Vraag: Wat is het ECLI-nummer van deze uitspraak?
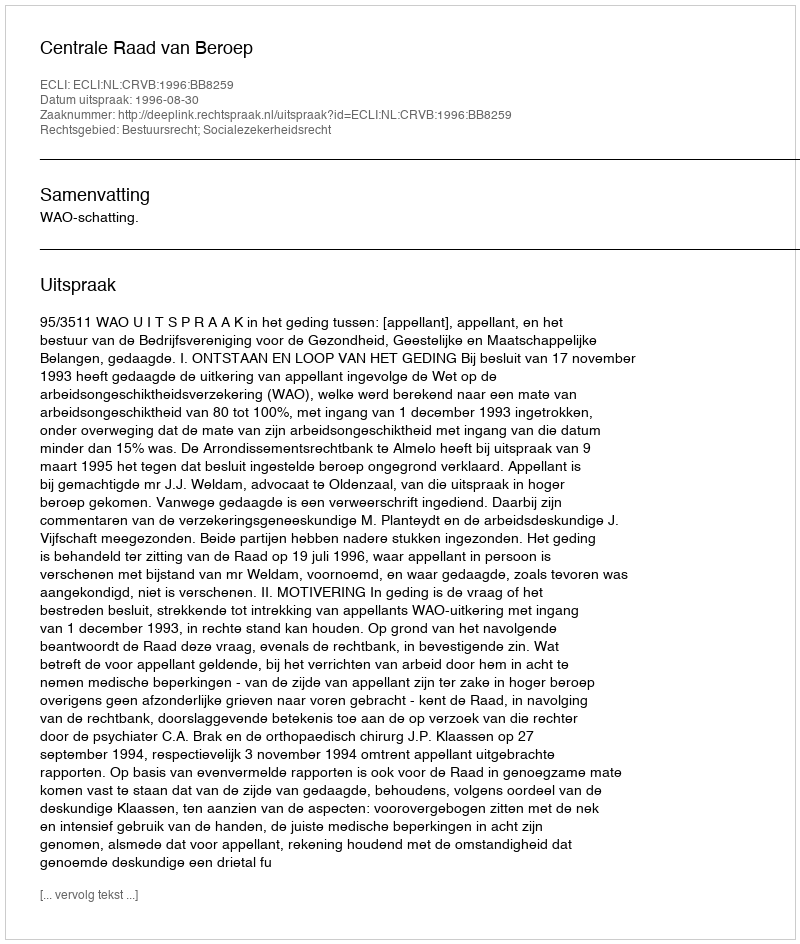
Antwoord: ECLI:NL:CRVB:1996:BB8259